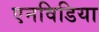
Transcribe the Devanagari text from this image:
एनविडिया